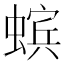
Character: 𧏖